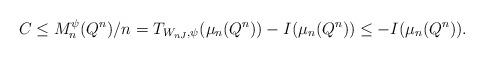
LaTeX: \begin{align*}C \le M_n^{\psi}(Q^n)/n = T_{W_{nJ},\psi}(\mu_n(Q^n)) - I(\mu_n(Q^n)) \le - I(\mu_n(Q^n)).\end{align*}